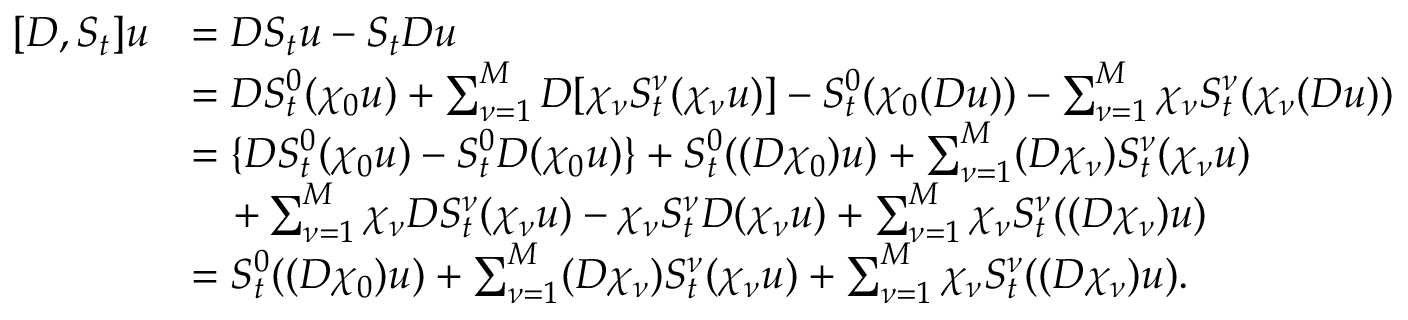
\begin{array} { r l } { [ D , S _ { t } ] u } & { = D S _ { t } u - S _ { t } D u } \\ & { = D S _ { t } ^ { 0 } ( \chi _ { 0 } u ) + \sum _ { \nu = 1 } ^ { M } D [ \chi _ { \nu } S _ { t } ^ { \nu } ( \chi _ { \nu } u ) ] - S _ { t } ^ { 0 } ( \chi _ { 0 } ( D u ) ) - \sum _ { \nu = 1 } ^ { M } \chi _ { \nu } S _ { t } ^ { \nu } ( \chi _ { \nu } ( D u ) ) } \\ & { = \{ D S _ { t } ^ { 0 } ( \chi _ { 0 } u ) - S _ { t } ^ { 0 } D ( \chi _ { 0 } u ) \} + S _ { t } ^ { 0 } ( ( D \chi _ { 0 } ) u ) + \sum _ { \nu = 1 } ^ { M } ( D \chi _ { \nu } ) S _ { t } ^ { \nu } ( \chi _ { \nu } u ) } \\ & { \quad + \sum _ { \nu = 1 } ^ { M } \chi _ { \nu } D S _ { t } ^ { \nu } ( \chi _ { \nu } u ) - \chi _ { \nu } S _ { t } ^ { \nu } D ( \chi _ { \nu } u ) + \sum _ { \nu = 1 } ^ { M } \chi _ { \nu } S _ { t } ^ { \nu } ( ( D \chi _ { \nu } ) u ) } \\ & { = S _ { t } ^ { 0 } ( ( D \chi _ { 0 } ) u ) + \sum _ { \nu = 1 } ^ { M } ( D \chi _ { \nu } ) S _ { t } ^ { \nu } ( \chi _ { \nu } u ) + \sum _ { \nu = 1 } ^ { M } \chi _ { \nu } S _ { t } ^ { \nu } ( ( D \chi _ { \nu } ) u ) . } \end{array}